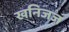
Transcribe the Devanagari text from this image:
खनिजज